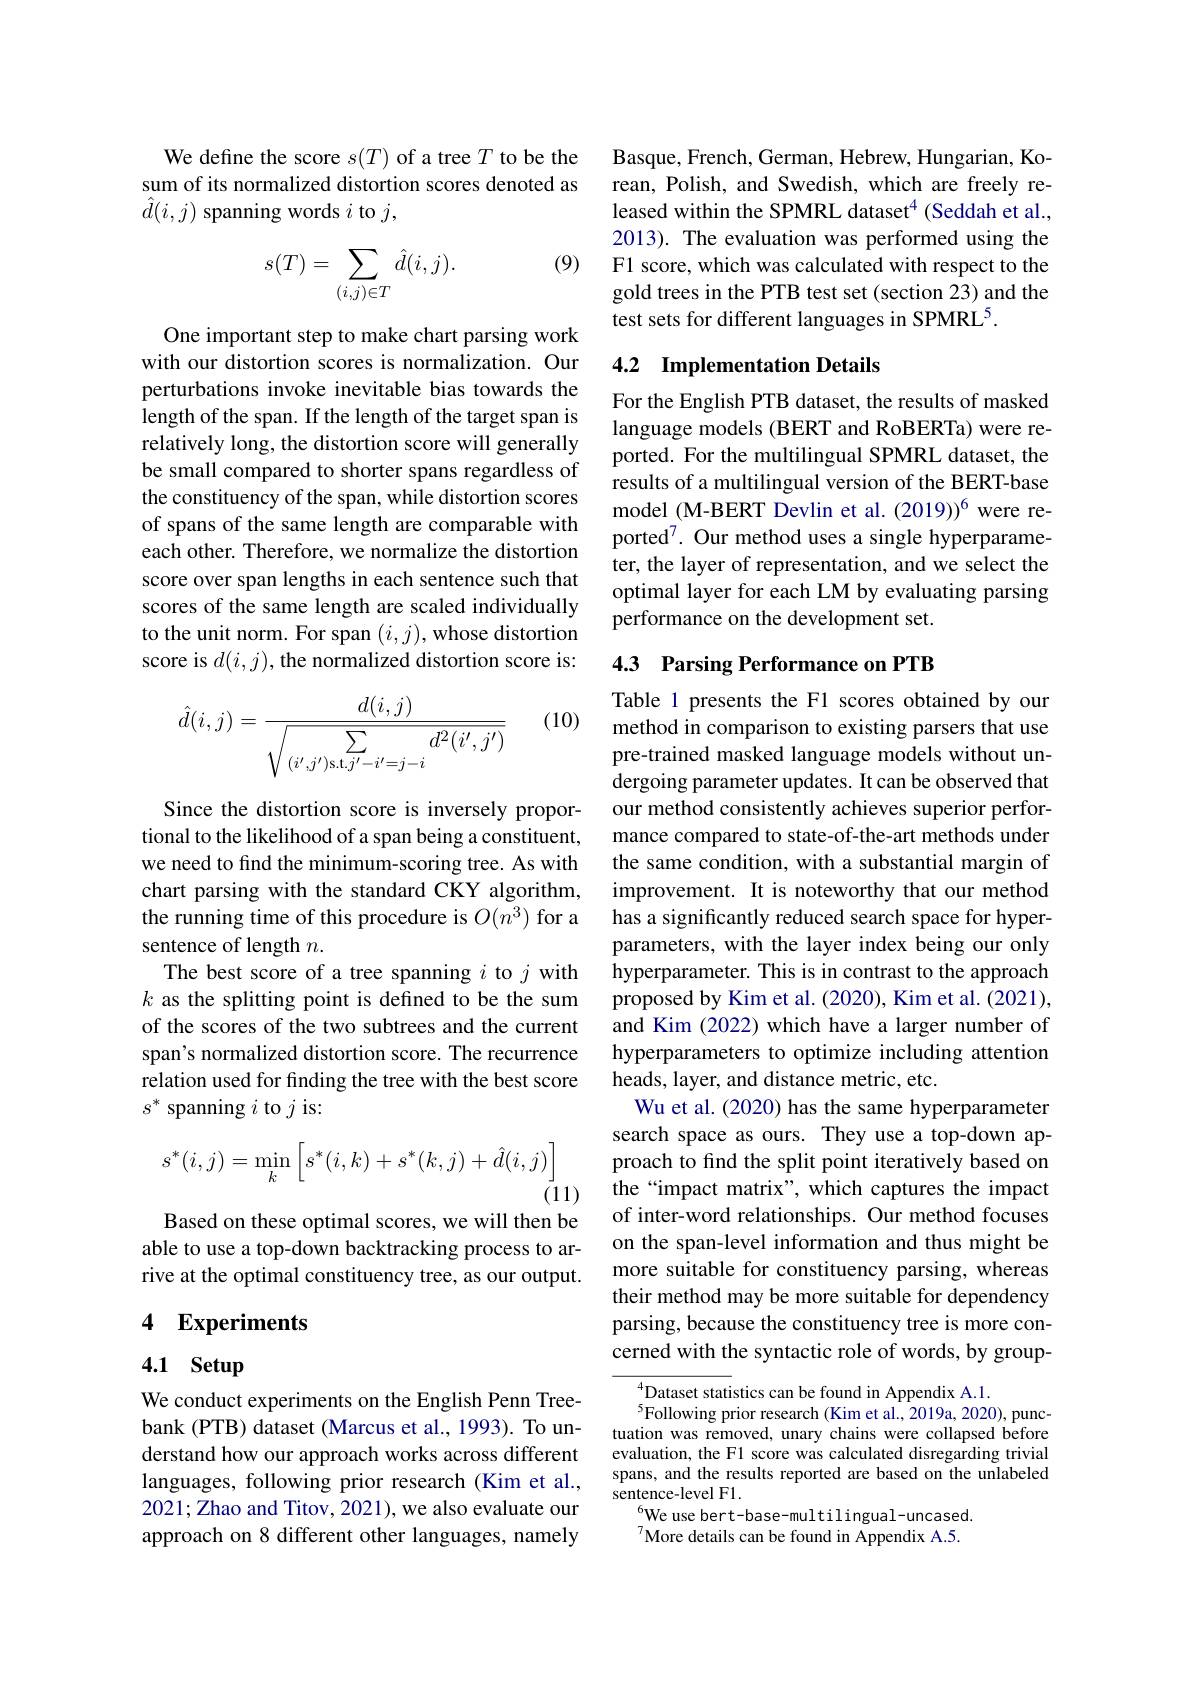
We define the score $s(T)$ of a tree $T$ to be the sum of its normalized distortion scores denoted as $\hat{d}(i,j)$ spanning words $i$ to $j$,

(9)
$$s(T)=\sum_{(i,j)\in T}\hat{d}(i,j).$$
One important step to make chart parsing work with our distortion scores is normalization. Our perturbations invoke inevitable bias towards the length of the span. If the length of the target span is relatively long, the distortion score will generally be small compared to shorter spans regardless of the constituency of the span, while distortion scores of spans of the same length are comparable with each other. Therefore, we normalize the distortion score over span lengths in each sentence such that scores of the same length are scaled individually to the unit norm. For span $(i,j)$,whose distortion score is $d(i,j)$, the normalized distortion score is:

(10)
$$\hat{d}(i,j)=\frac{d(i,j)}{\sqrt{\sum\limits_{(i',j')\text{s.t.}j'-i'=j-i}d^2(i',j')}}$$
Since the distortion score is inversely proportional to the likelihood of a span being a constituent, we need to find the minimum-scoring tree. As with chart parsing with the standard CKY algorithm, the running time of this procedure is $O(n^3)$ for a sentence of length $n.$
The best score of a tree spanning $i$ to $j$ with $k$ as the splitting point is defined to be the sum of the scores of the two subtrees and the current span's normalized distortion score. The recurrence relation used for finding the tree with the best score $s^*$ spanning $i$ to $j$ is:
$$s^*(i,j)=\min_k\left[s^*(i,k)+s^*(k,j)+\hat{d}(i,j)\right]$$
$\bar{(11)}$

Based on these optimal scores, we will then be able to use a top-down backtracking process to arrive at the optimal constituency tree, as our output.

# 4 Experiments

## 4.1 Setup

We conduct experiments on the English Penn Treebank (PTB) dataset (Marcus et al., 1993). To understand how our approach works across different languages, following prior research (Kim et al., 2021; Zhao and Titov, 2021), we also evaluate our approach on 8 different other languages, namely

Basque, French, German, Hebrew, Hungarian, Korean, Polish, and Swedish, which are freely released within the SPMRL dataset$^{4}$ (Seddah et al., 2013). The evaluation was performed using the F1 score, which was calculated with respect to the gold trees in the PTB test set (section 23) and the test sets for different languages in SPMRL$^{5}.$

## 4.2 Implementation Details

For the English PTB dataset, the results of masked language models (BERT and RoBERTa) were reported. For the multilingual SPMRL dataset, the results of a multilingual version of the BERT-base model (M-BERT Devlin et al. (2019))$^{6}$ were reported$^7.$ Our method uses a single hyperparameter, the layer of representation, and we select the optimal layer for each LM by evaluating parsing performance on the development set.

## 4.3 Parsing Performance on PTB

Table 1 presents the F1 scores obtained by our method in comparison to existing parsers that use pre-trained masked language models without undergoing parameter updates. It can be observed that our method consistently achieves superior performance compared to state-of-the-art methods under the same condition, with a substantial margin of improvement. It is noteworthy that our method has a significantly reduced search space for hyperparameters, with the layer index being our only hyperparameter. This is in contrast to the approach proposed by Kim et al. (2020), Kim et al. (2021), and Kim (2022) which have a larger number of hyperparameters to optimize including attention heads, layer, and distance metric, etc.
Wu et al. (2020) has the same hyperparameter search space as ours. They use a top-down approach to find the split point iteratively based on the“impact matrix”, which captures the impact of inter-word relationships. Our method focuses on the span-level information and thus might be more suitable for constituency parsing, whereas their method may be more suitable for dependency parsing, because the constituency tree is more concerned with the syntactic role of words, by group-
Dataset statistics can be found in Appendix A.1.

$^{5}$Following prior research (Kim et al., 2019a, 2020), punctuation was removed, unary chains were collapsed before evaluation, the F1 score was calculated disregarding trivial spans, and the results reported are based on the unlabeled sentence-level F1.
$^{6}$We use bert-base-multilingual-uncased. More details can be found in Appendix A.5.